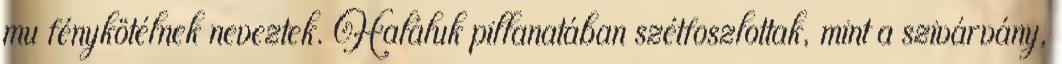
mu fénykötélnek neveztek. Haláluk pillanatában szétfoszlottak, mint a szivárvány,